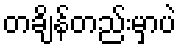
တချိန်တည်းမှာပဲ